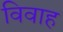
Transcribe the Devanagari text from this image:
विवाह